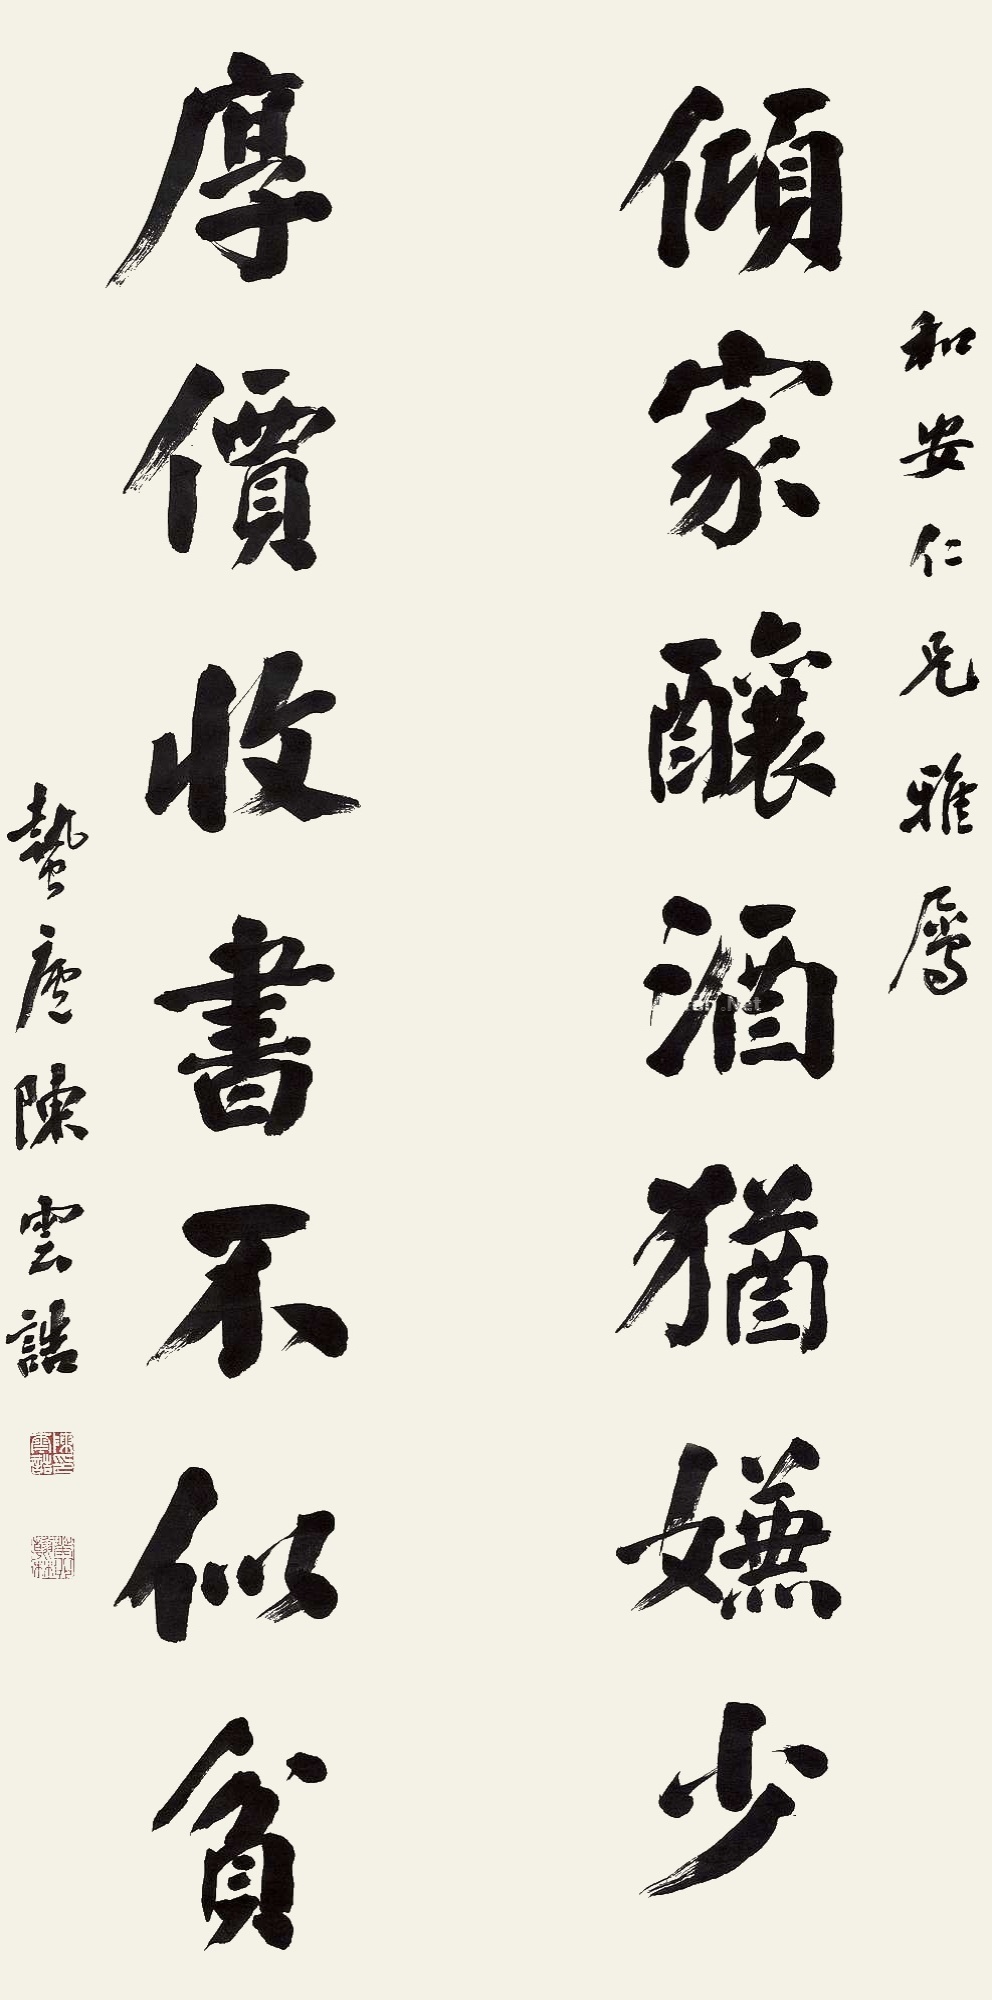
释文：倾家酿酒犹嫌少，厚价收书不似贫。和安仁兄雅属，蛰庐陈云诰。